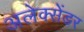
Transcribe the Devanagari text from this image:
अलेक्‍सेंडर